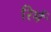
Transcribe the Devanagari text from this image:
रिर्म